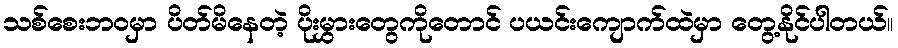
သစ်စေးဘဝမှာ ပိတ်မိနေတဲ့ ပိုးမွှားတွေကိုတောင် ပယင်းကျောက်ထဲမှာ တွေ့နိုင်ပါတယ်။